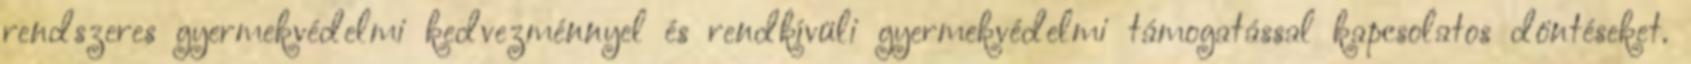
rendszeres gyermekvédelmi kedvezménnyel és rendkívüli gyermekvédelmi támogatással kapcsolatos döntéseket.